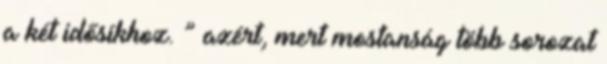
a két idősíkhoz. ” azért, mert mostanság több sorozat